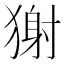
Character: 𤠭